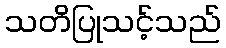
သတိပြုသင့်သည်